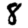
Digit: 8